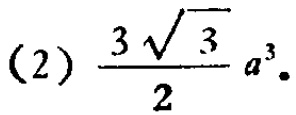
(2) $\frac{3\sqrt{3}}{2}a^{3}$